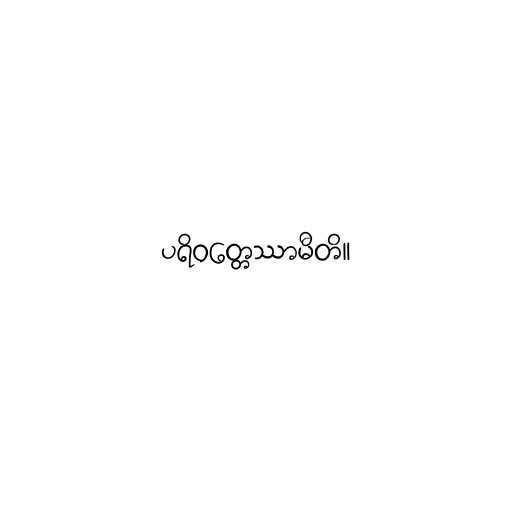
ပရိဝတ္တေဿာမီတိ။